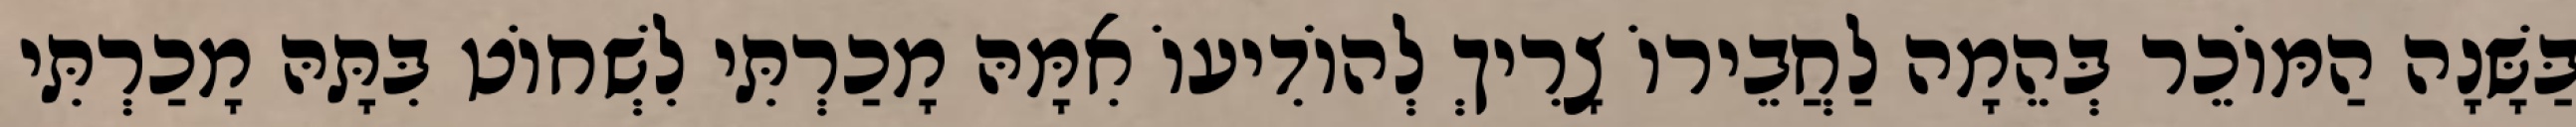
בַּשָּׁנָה הַמּוֹכֵר בְּהֵמָה לַחֲבֵירוֹ צָרִיךְ לְהוֹדִיעוֹ אִמָּהּ מָכַרְתִּי לִשְׁחוֹט בִּתָּהּ מָכַרְתִּי